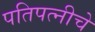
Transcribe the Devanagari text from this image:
पतिपत्नीचे